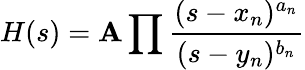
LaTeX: H(s)=\mathbf{A}\prod{\frac{{(s-x_{n})^{a_{n}}}}{{(s-y_{n})^{b_{n}}}}}